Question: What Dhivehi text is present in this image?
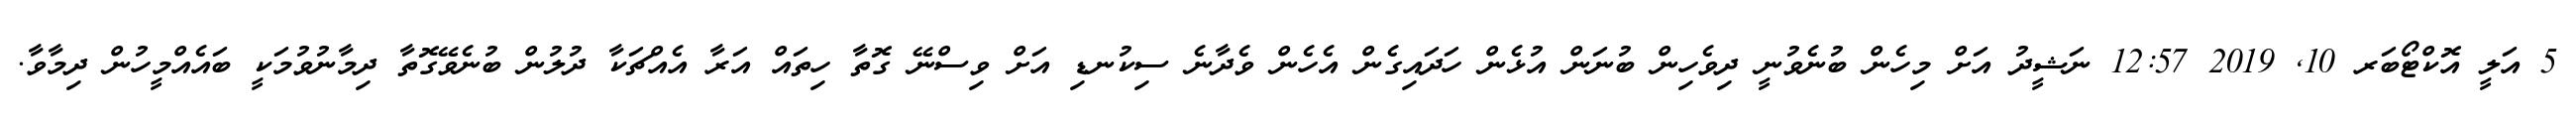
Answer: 5 އަލީ އޮކްޓޯބަރ 10, 2019 12:57 ނަޝީދު އަށް މިހެން ބުނެވުނީ ދިވެހިން ބުނަން އުޅެން ހަދައިގެން އެހެން ވެދާނެ ސިކުނޑި އަށް ވިސްނޭ ގޮތާ ހިތައް އަރާ އެއްޗަކާ ދުލުން ބުނެވޭގޮތާ ދިމާނުވުމަކީ ބައެއްމީހުން ދިމާވާ.